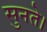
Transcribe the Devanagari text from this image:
सुनते।